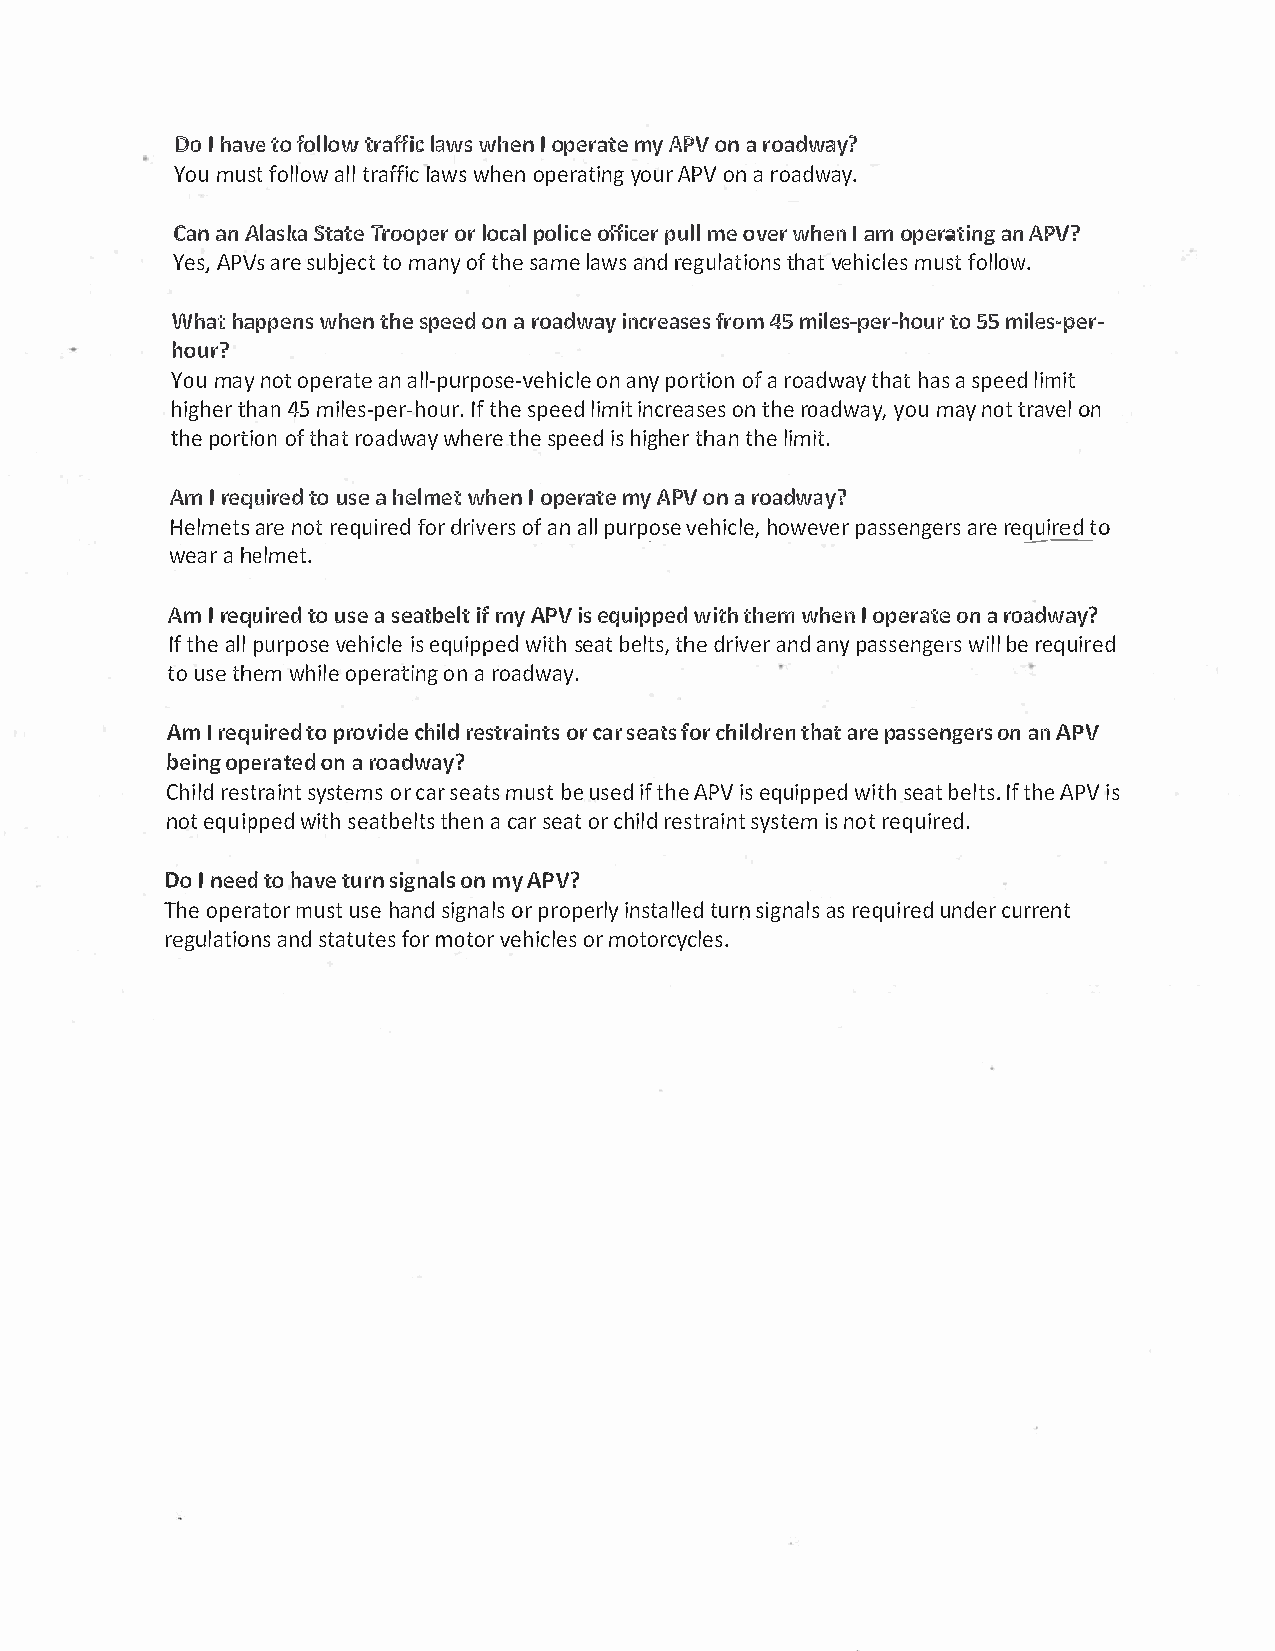
DoIh avteof oltlroawlf afwwishc e Ion p ermayAt PeoV n a r oadway?
 Yomuu sfto lalltolrw a lfafwwihsce o np eryaotAuiPrnoV gna r oadway.
 CaannA laSstkaaTt reo ooprle orcp aollo ifcfepi ucmleelro vewrh eIan m o peraatnAi PnVg?
 YeAsP,Va srs eu bjteomc atno ytf h sea mlea awnsrd e gultahtvaietoh nimscu lsfetos l low.
 Whah•ai:p pwehnestn h sep eoenad r oadiwnacyr feraos4me5m s i les-pteo5r 5m- ihloeusr- per­
 hour?
 Yomua nyo otp eraanat lel -purpoonas nepy-o vretohiafrio ocnal detw hahayata ss peleidm it
 higthhe4ar5nm iles-pItefhr se-p heloeiudimr ni.ct r oenta hsreeos a dywoamuya ,ny o ttr aovne l
 thpeo rtoitfoh rnao ta dwwhaeytr hese p eiehsdi gthhetarhn le i mit.
 -­
 AmI r equtiour seaedh elmwehteI no permayAt PeoV n ar oadway?
 Helmaernteos rt e qufiodrrre idov afen ar lspl u rpvoesheih colweep,va esrs eanrrgeee qrusti or ed
 .
 weaahr e lmet.
 AmI r equtiour seaeds eatibmfey Al PtiV es q uiwpipte•dhi: hwehmeI on p eroana-r i:oea dway?
 Itfh aelp lu rpvoesheii escq luei wpipsteehdba etl tthdser, iavneadrn p ya ssewnigbleerlr e sq uired
 tous teh ewmh iolpee roantar i onagd way.
 AmI r equtiopr reodv cihdirele ds troarci asnret afsto csrh iltdhraaertpne a sseonnag neA rPsV
 beionpge roantar e oda dway?
 Chirleds tsryasitnectma sr mosures bateut ssei tdfh AeP iVes q uiwpipsteehda t Itbfhe AelP tiVss .
 noetq uiwpipsteehda ttbheaelc nta ssre oacrt h rielsdt sryasiitnnseto mr t e quired.
 DoIn eetdoh avteu sring onnam lyAs P V?
 Thoep ermautsuotsrh e a nsdi gonrpa rlosp ienrslttyau lsrlineg dan sra elqsu uinrdceeudrr rent
 regulaantsdit oantfsuom troe tsvo erh iocrml oetso rcycles.